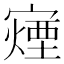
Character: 𫴍